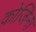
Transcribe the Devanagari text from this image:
कोजिना